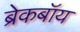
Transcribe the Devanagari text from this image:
ब्रेकबॉय